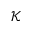
\mathscr { K }